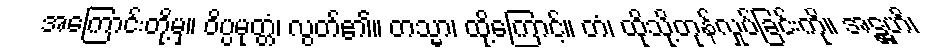
အကြောင်းတို့မှ။ ဝိပ္ပမုတ္တံ၊ လွတ်၏။ တသ္မာ၊ ထို့ကြောင့်။ တံ၊ ထိုသို့တုန်လှုပ်ခြင်းကို။ အဋ္ဌဟိ၊